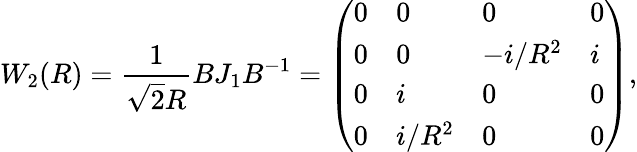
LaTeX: W_{2}(R)={\frac{1}{\sqrt{2}R}}BJ_{1}B^{-1}=\left(\begin{array}{llll}{{0}}&{{0}}&{{0}}&{{0}}\\ {{0}}&{{0}}&{{-i/R^{2}}}&{{i}}\\ {{0}}&{{i}}&{{0}}&{{0}}\\ {{0}}&{{i/R^{2}}}&{{0}}&{{0}}\end{array}\right),